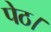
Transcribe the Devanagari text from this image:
पेठ।